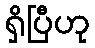
ရှိပြီဟု